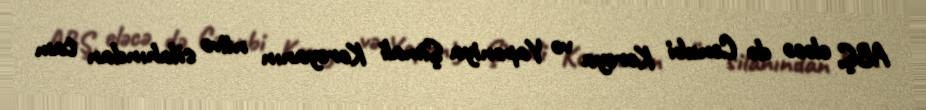
ABŞ, eləcə də Cənubi Koreya və Yaponiya Şimali Koreyanın nüvə silahından tam